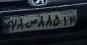
۷۸س۸۸۵۱۲